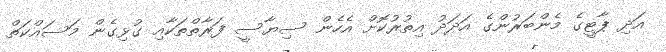
އަދި ޕާޓީގެ މެންބަރުންގެ އަދަދު އިތުރުކޮށް އެހެން ސިޔާސީ ފަރާތްތަކާއި ގުޅިގެން މަސައްކަތް